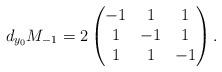
LaTeX: \begin{align*}d_{y_0} M_{-1}=2\begin{pmatrix}-1 & 1 & 1\\1 & -1 & 1\\1 & 1 & -1\end{pmatrix}.\end{align*}